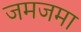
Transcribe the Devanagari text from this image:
जमजमा